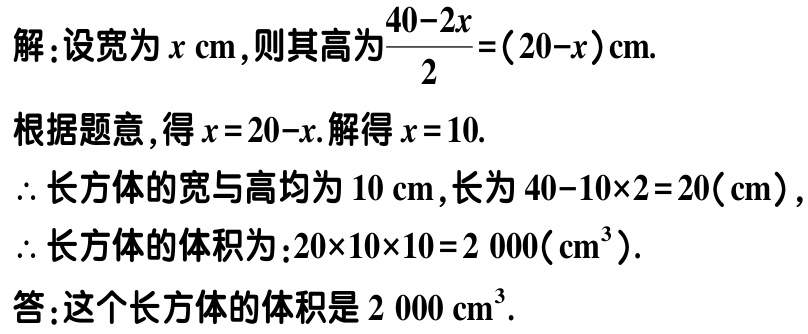
解：设宽为\(x\mathrm{cm}\)，则其高为\(\frac{40 - 2x}{2}=(20 - x)\mathrm{cm}\).

根据题意，得\(x = 20 - x\). 解得\(x = 10\).

\(\therefore\)长方体的宽与高均为\(10\mathrm{cm}\)，长为\(40 - 10\times2 = 20(\mathrm{cm})\)，

\(\therefore\)长方体的体积为：\(20\times10\times10 = 2000(\mathrm{cm}^{3})\).

答：这个长方体的体积是\(2000\mathrm{cm}^{3}\).